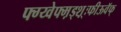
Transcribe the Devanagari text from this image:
फ्ग्य्वेफ्म़ड्श़़्ःफीऊवॅफ्